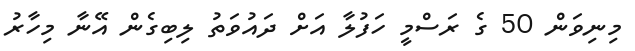
މިނިވަން 50 ގެ ރަސްމީ ހަފުލާ އަށް ދައުވަތު ލިބިގެން އޭނާ މިހާރު